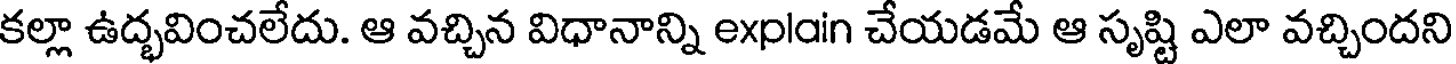
కల్లా ఉద్భవించలేదు. ఆ వచ్చిన విధానాన్ని explain చేయడమే ఆ సృష్టి ఎలా వచ్చిందని